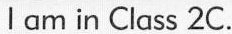
l am in Class 2C.